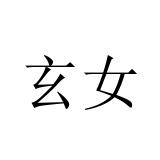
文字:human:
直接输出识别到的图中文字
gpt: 玄女